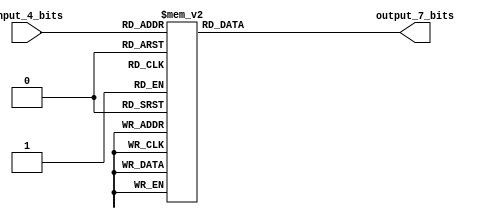
// ECE5440
// Sikender Shahid 0981476
// The decoder to convert a 4 bit value into 7 bit that displays 
// correct value on the 7 segment display

module Dec7Seg(
	input_4_bits, 
	output_7_bits);

	input [3:0] input_4_bits;
	output reg [6:0] output_7_bits; 

	always @ (input_4_bits) begin
		case(input_4_bits)
			0: begin
				output_7_bits = 7'b1000000;	
			end
			1: begin
				output_7_bits = 7'b1111001; 
			end
			2: begin
				output_7_bits = 7'b0100100; 
			end
			3: begin
				output_7_bits = 7'b0110000;
			end
			4: begin
				output_7_bits = 7'b0011001; 
			end
			5: begin
				output_7_bits = 7'b0010010; 
			end
			6: begin
				output_7_bits = 7'b0000010; 
			end
			7: begin
				output_7_bits = 7'b1111000; 
			end
			8: begin
				output_7_bits = 7'b0000000; 
			end
			9: begin
				output_7_bits = 7'b0011000;
			end	
			4'hA: begin
				output_7_bits = 7'b0001000; 
			end	
			4'hB: begin
				output_7_bits = 7'b0000011; 
			end	
			4'hC: begin
				output_7_bits = 7'b1000110; 
			end	
			4'hD: begin
				output_7_bits = 7'b0100001; 
			end	
			4'hE: begin
				output_7_bits = 7'b0000110;
			end	
			4'hF: begin
				output_7_bits = 7'b0001110; 
			end			
			default: begin
				output_7_bits = 7'b1111111;
			end
		endcase
	end
endmodule